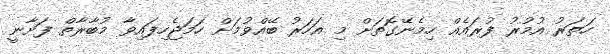
ހަތަރު އުމުރު ފުރައެއް ހިމެނޭގޮތަށް މި އަހަރު ބޭއްވުމަށް ހަމަޖެހިފައިވާ މުބާރާތް ފަށާނީ